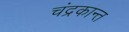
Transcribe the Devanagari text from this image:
चंद्रकान्त